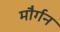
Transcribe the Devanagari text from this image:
मौर्गन